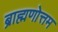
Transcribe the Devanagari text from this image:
ब्राह्मणोत्तम